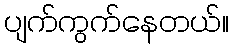
ပျက်ကွက်နေတယ်။